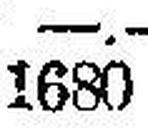
1680